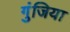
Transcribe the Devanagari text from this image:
गुंजिया